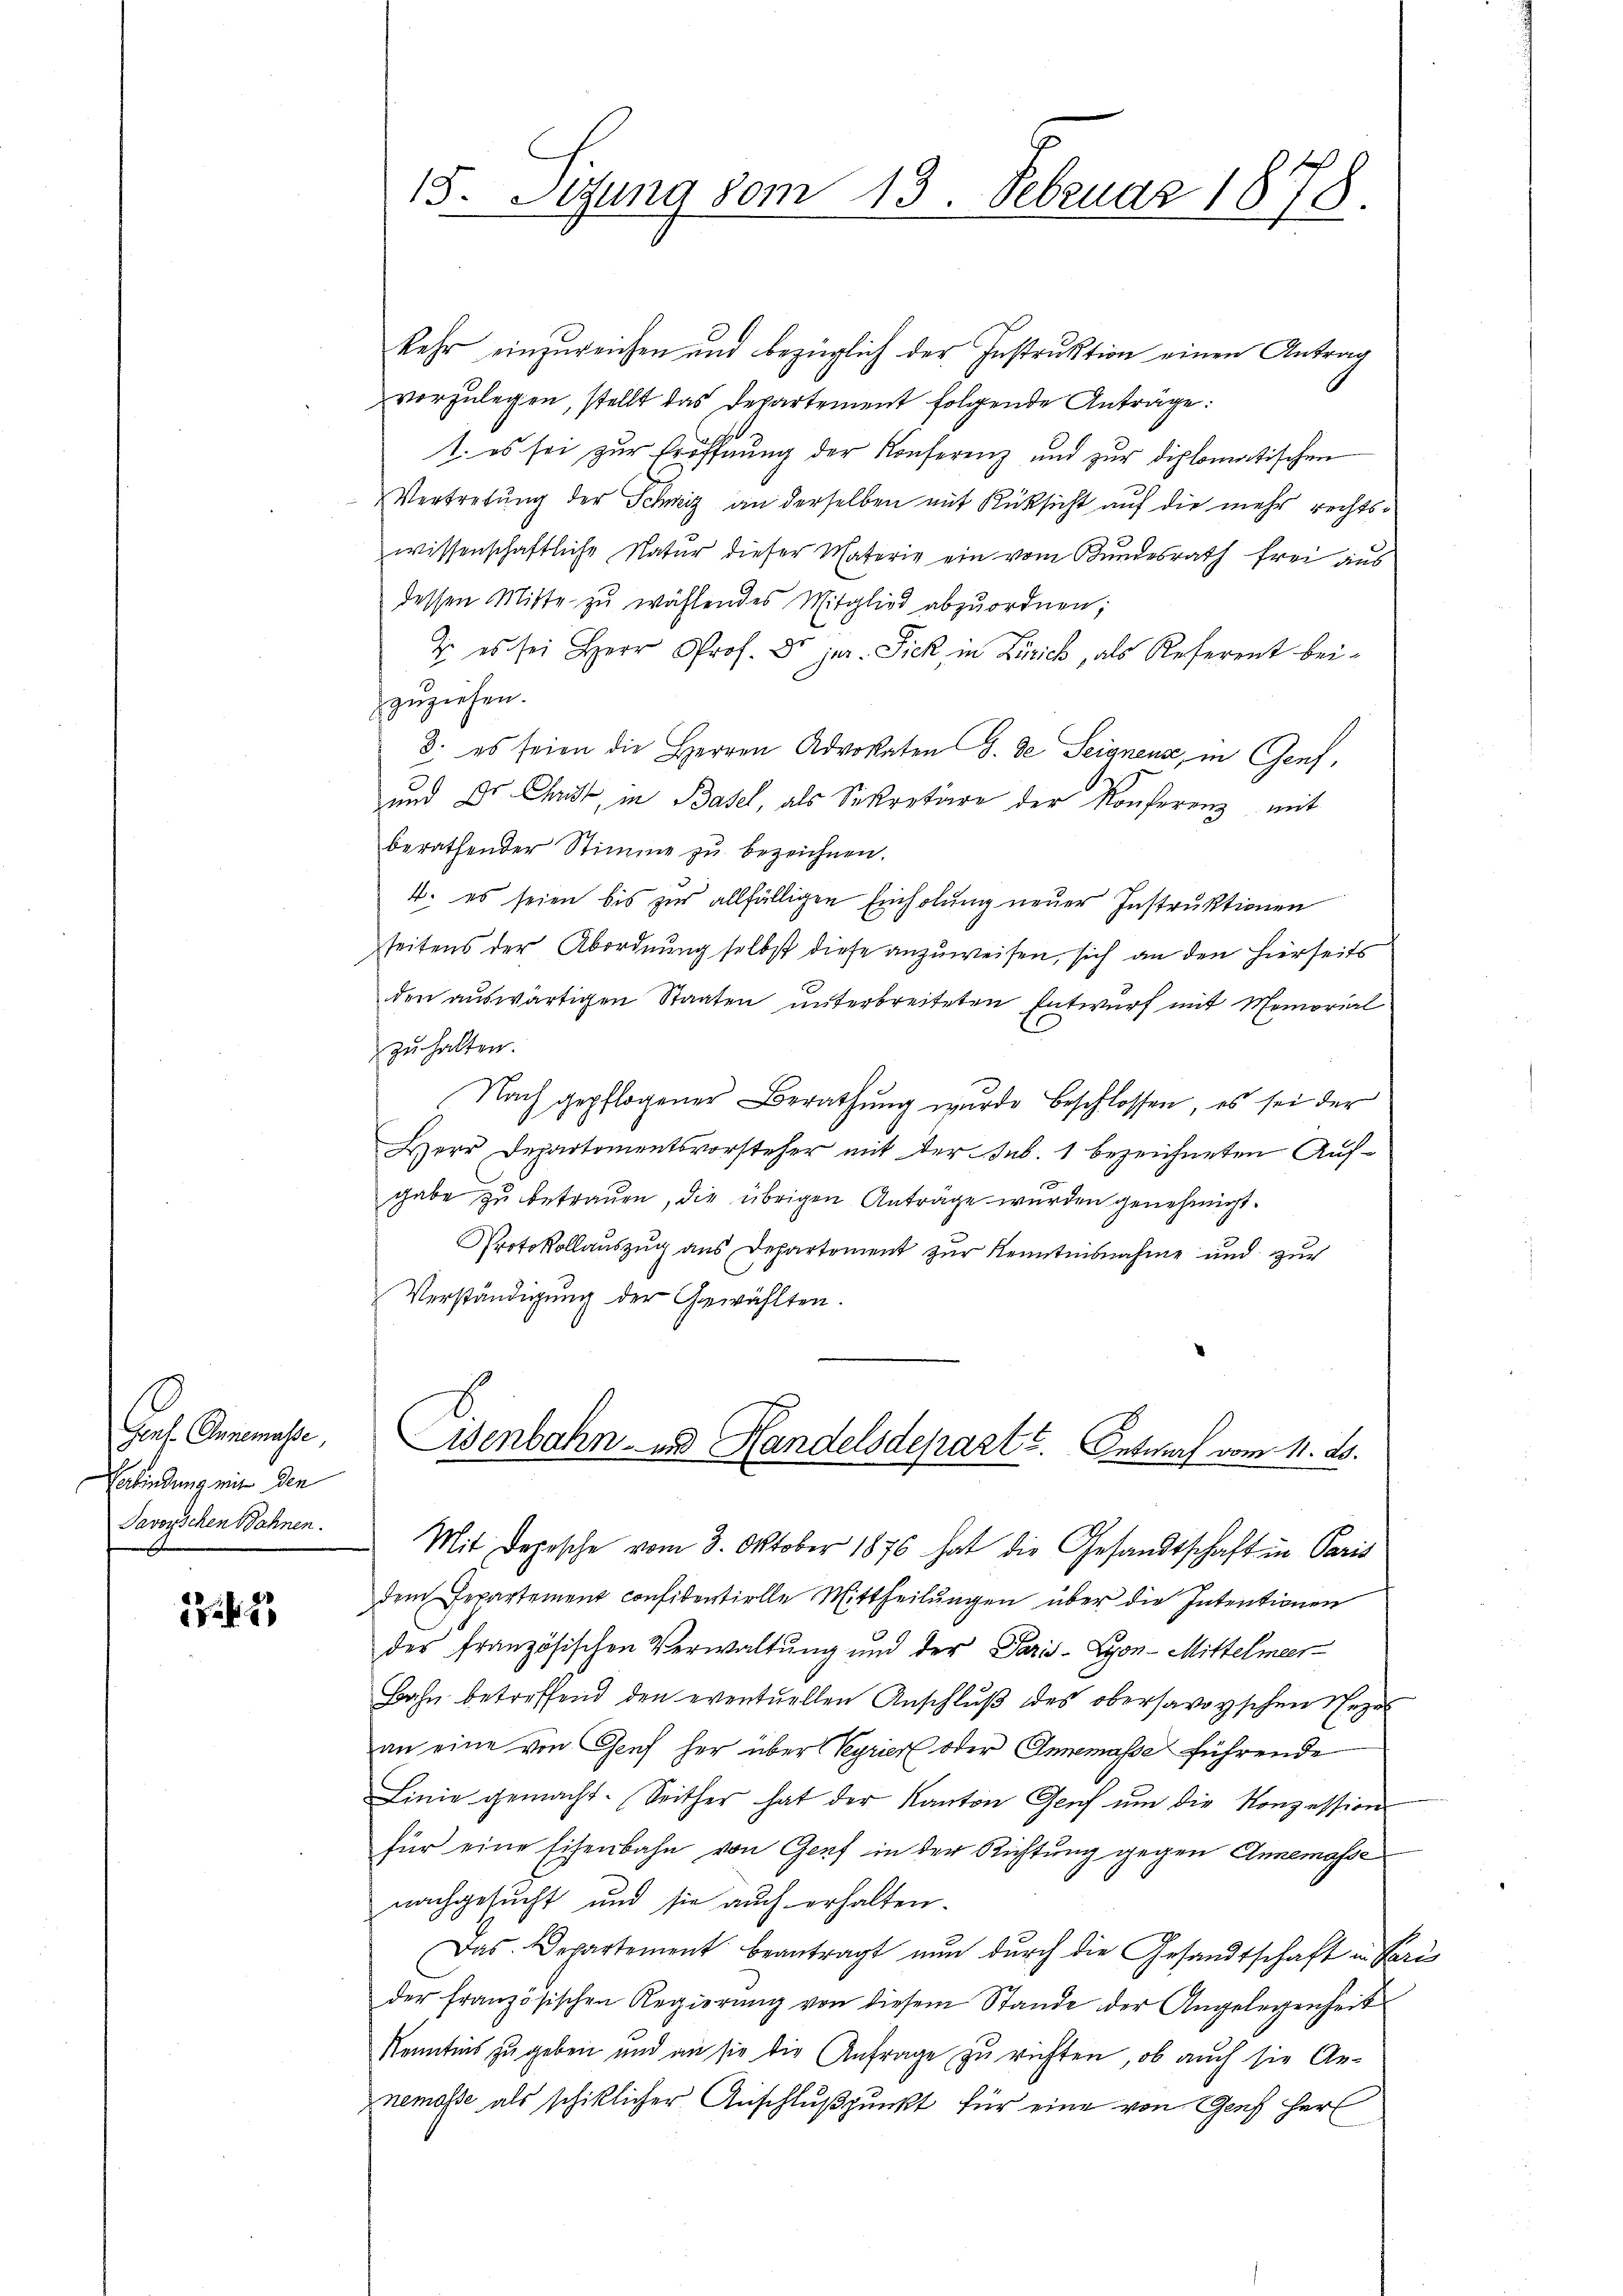
Graf. Annemasse,
Verbindung mit den
Javoyischen Bahnen.

274. 7

15. Sitzung vom 13. Februar 1878.

kehr einzureichen und bezüglich der Instruktion einen Antrag
vorzulegen, stellt das Departement folgende Anträge:
1. es sei zur Eröffnung der Konferenz und zur diplomatischen
Vertretung der Schweiz an derselben mit Rücksicht auf die mehr rechtswissenschaftliche Natur dieser Vaterie ein vom Bundesrath frei aus
dessen Mitte zŭ wählendes Mitglied abzŭordnen;
E es sei Herr Prof. Dr jur. Fick in Zürich, als Referent bei-
zŭziehen.
8. es seien die Herren Advokaten J. de Seignens, in Genf,
und Dr. Christ, in Basel, als Sekretäre der Konferenz mit
berathender Stimme zu bezeichnen.
4. es seien bis zur allfälligen Einholung neuer Instruktionen
seitens der Abordnung selbst diese anzuweisen, sich an den hierseits
den auswärtigen Staaten unterbreiteten Entwurf mit Memorial
zuhalten.
Nach gepflogener Berathung wurde beschlossen, es sei der
Herr Departementsvorsteher mit der sub. 1 bezeichneten Aufgabe zu betrauen, die übrigen Antrage wurden genehmigt.
Protokollauszug aus Departement zur Kenntnisnahme und zur
Verständigung der Gewählten.
Eisenbahn- und Handelsdeparte. Entwurf vom 11. ds.
Mit Depesche vom 3. Oktober 1876 hat die Gesandtschaft in Paris
dem Departement confidentielle Mittheilŭngen über die Intentionen
der französischen Verwaltung und der Paris - Lyon-Mittelmeer-
Bahn betreffend den eventuellen Anschluß des obersavoyischen Nezal
an eine von Genf her über Veyrier oder Annemasse führende
Linie gemacht. Seither hat der Kanton Genf ŭm die Konzession
für eine Eisenbahn von Genf in der Richtung gegen Annemasse
nachgesucht und sie auch erhalten.
Das Departement beantragt nŭn dŭrch die Gesandtschaft in Ver-
der französischen Regierŭng von diesem Stande der Angelegenheit
Kenntnis zu geben und an sie die Anfrage zu richten, ob auch sie Annemasse als schiklicher Anschlußpunkt für eine von Genf Herz

.